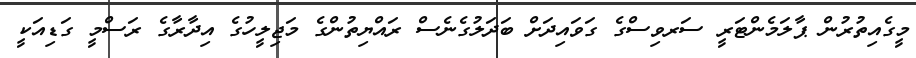
މީގެއިތުރުން ޕާލަމެންޓަރީ ސަރވިސްގެ ގަވައިދަށް ބަދަލުގެނެސް ރައްޔިތުންގެ މަޖިލީހުގެ އިދާރާގެ ރަސްމީ ގަޑިއަކީ